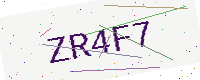
Text: ZR4F7